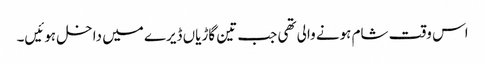
اس وقت شام ہونے والی تھی جب تین گاڑیاں ڈیرے میں داخل ہوئیں۔